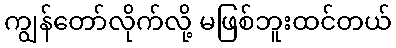
ကျွန်တော်လိုက်လို့ မဖြစ်ဘူးထင်တယ်